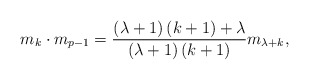
\begin{align*}m_{k}\cdot m_{p-1}=\frac{\left( \lambda +1\right) \left( k+1\right) +\lambda}{\left( \lambda +1\right) \left( k+1\right) }m_{\lambda+k },\end{align*}